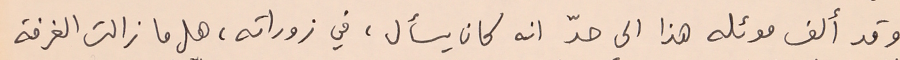
وقد ألف موئله هذا الى حدّ انه كان يسأل، في زوراته، هل ما زالت الغرفة